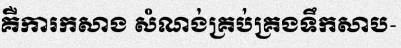
គឺការកសាង សំណង់គ្រប់គ្រងទឹកសាប-